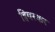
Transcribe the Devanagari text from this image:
हिवरकर